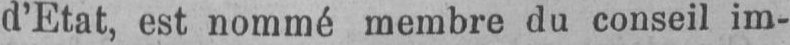
d’Etat, est nommé membre du conseil im-